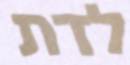
לדת